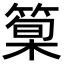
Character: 𥰿